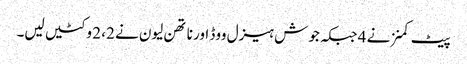
پیٹ کمنز نے 4 جبکہ جوش ہیزل ووڈ اور ناتھن لیون نے 2، 2 وکٹیں لیں۔